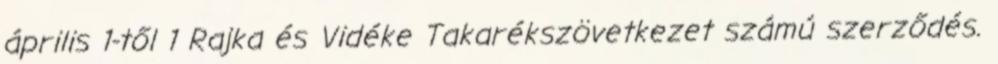
április 1-től 1 Rajka és Vidéke Takarékszövetkezet számú szerződés.